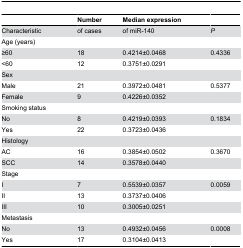
<table><thead><tr><td></td><td><b>Number</b></td><td><b>Median expression</b></td><td></td></tr></thead><tbody><tr><td>Characteristic</td><td>of cases</td><td>of miR-140</td><td><i>P</i></td></tr><tr><td>Age (years)</td><td></td><td></td><td></td></tr><tr><td>≥60</td><td>18</td><td>0.4214±0.0468</td><td>0.4336</td></tr><tr><td>&lt;60</td><td>12</td><td>0.3751±0.0291</td><td></td></tr><tr><td>Sex</td><td></td><td></td><td></td></tr><tr><td>Male</td><td>21</td><td>0.3972±0.0481</td><td>0.5377</td></tr><tr><td>Female</td><td>9</td><td>0.4226±0.0352</td><td></td></tr><tr><td>Smoking status</td><td></td><td></td><td></td></tr><tr><td>No</td><td>8</td><td>0.4219±0.0393</td><td>0.1834</td></tr><tr><td>Yes</td><td>22</td><td>0.3723±0.0436</td><td></td></tr><tr><td>Histology</td><td></td><td></td><td></td></tr><tr><td>AC</td><td>16</td><td>0.3854±0.0502</td><td>0.3670</td></tr><tr><td>SCC</td><td>14</td><td>0.3578±0.0440</td><td></td></tr><tr><td>Stage</td><td></td><td></td><td></td></tr><tr><td>I</td><td>7</td><td>0.5539±0.0357</td><td>0.0059</td></tr><tr><td>II</td><td>13</td><td>0.3737±0.0406</td><td></td></tr><tr><td>III</td><td>10</td><td>0.3005±0.0251</td><td></td></tr><tr><td>Metastasis</td><td></td><td></td><td></td></tr><tr><td>No</td><td>13</td><td>0.4932±0.0456</td><td>0.0008</td></tr><tr><td>Yes</td><td>17</td><td>0.3104±0.0413</td><td></td></tr></tbody></table>